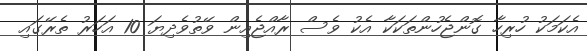
އެކަމަކު ހުރިހާ ގޮންޖެހުންތަކަކާ އެކު ވެސް ރާއްޖެއިން ވޭތުވެދިޔަ 10 އަހަރު ތެރޭގައި